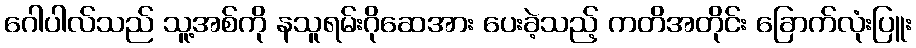
ဂေါပါလ်သည် သူ့အစ်ကို နသူရမ်းဂိုဆေအား ပေးခဲ့သည့် ကတိအတိုင်း ခြောက်လုံးပြူး